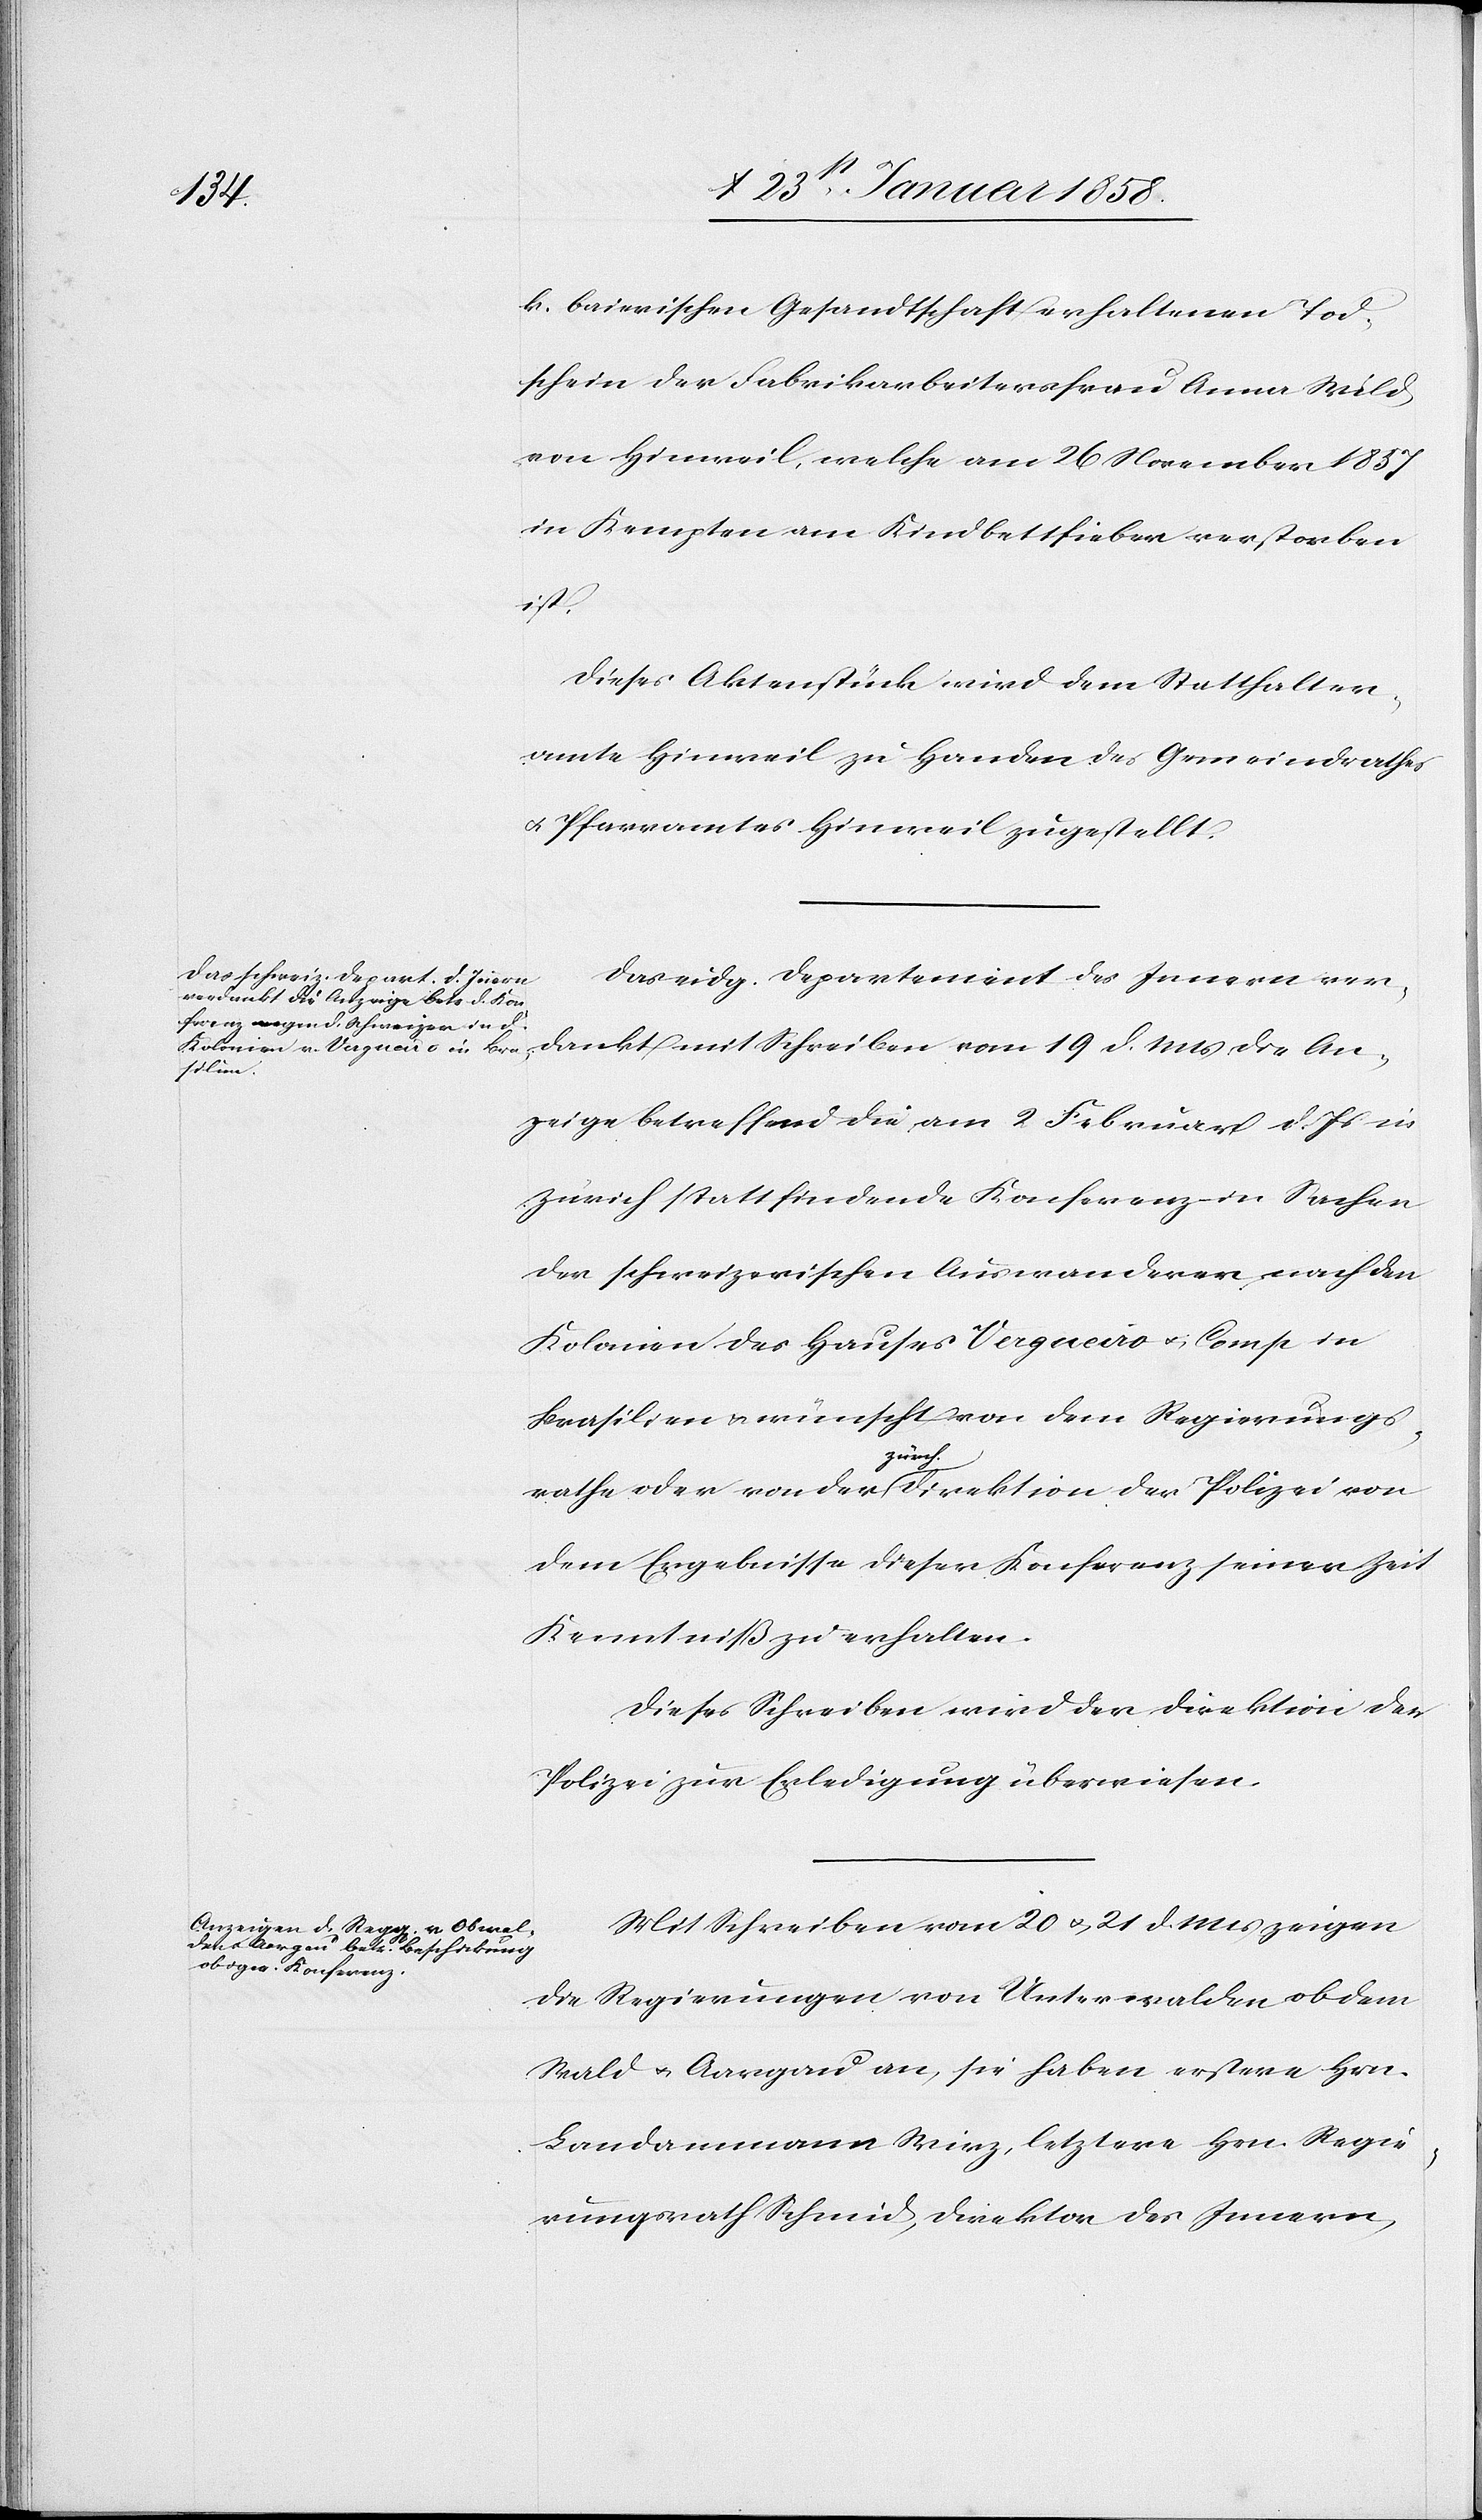
k. baierischen Gesandtschaft erhaltenen Tod¬
schein der Fabrikarbeitersfrau Anna Wild
von Hinweil, welche am 26 November 1857
in Kempten am Kindbettfieber verstorben
ist.
Dieses Aktenstück wird dem Statthalter¬
amte Hinweil zu Handen des Gemeindrathes
u. Pfarramtes Hinweil zugestellt.
Das eidg. Departement des Innern ver¬
dankt mit Schreiben vom 19. d. Mts die An¬
zeige betreffend die am 2 Februar d. Js in
Zürich stattfindende Konferenz in Sachen
der schweizerischen Auswanderer, nach den
Kolonien des Hauses Vergueiro u. Comp. in
Brasilien u. wünscht von dem Regierungs¬
rathe oder von der zürch. Direktion der Polizei von
dem Ergebnisse dieser Konferenz seiner Zeit
Kenntniß zu erhalten.
Dieses Schreiben wird der Direktion der
Polizei zur Erledigung überwiesen.
Mit Schreiben vom 20 u. 21 d. Mts zeigen
die Regierungen von Unterwalden ob dem
Wald u. Aargau an, sie haben erstere Hrn.
Landamann Wirtz, letztere Hrn. Regie¬
rungsrath Schmid, Direktor des Innern,